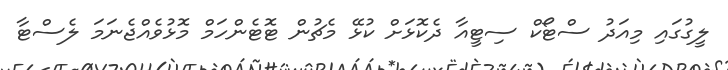
ލީގުގައި މިއަދު ސްޓޯކް ސިޓީއާ ދެކޮޅަށް ކުޅޭ މެޗުން ޓޮޓެންހަމް މޮޅުވެއްޖެނަމަ ލެސްޓާ